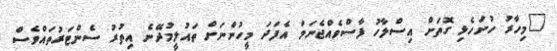
"މިހާރު ހުށަހެޅި ގޮތަށް އިސްލާހު ފާސްވެއްޖެނަމަ އެފަދަ މީހުންނަށް ތައުލީމުދޭނެ އިތުރު ސެންޓަރުތައްވެސް